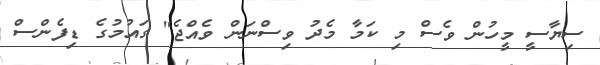
ސިޔާސީ މީހުން ވެސް މި ކަމާ މެދު ވިސްނަން ވެއްޖެ" ގައުމުގެ ޑިފެންސް